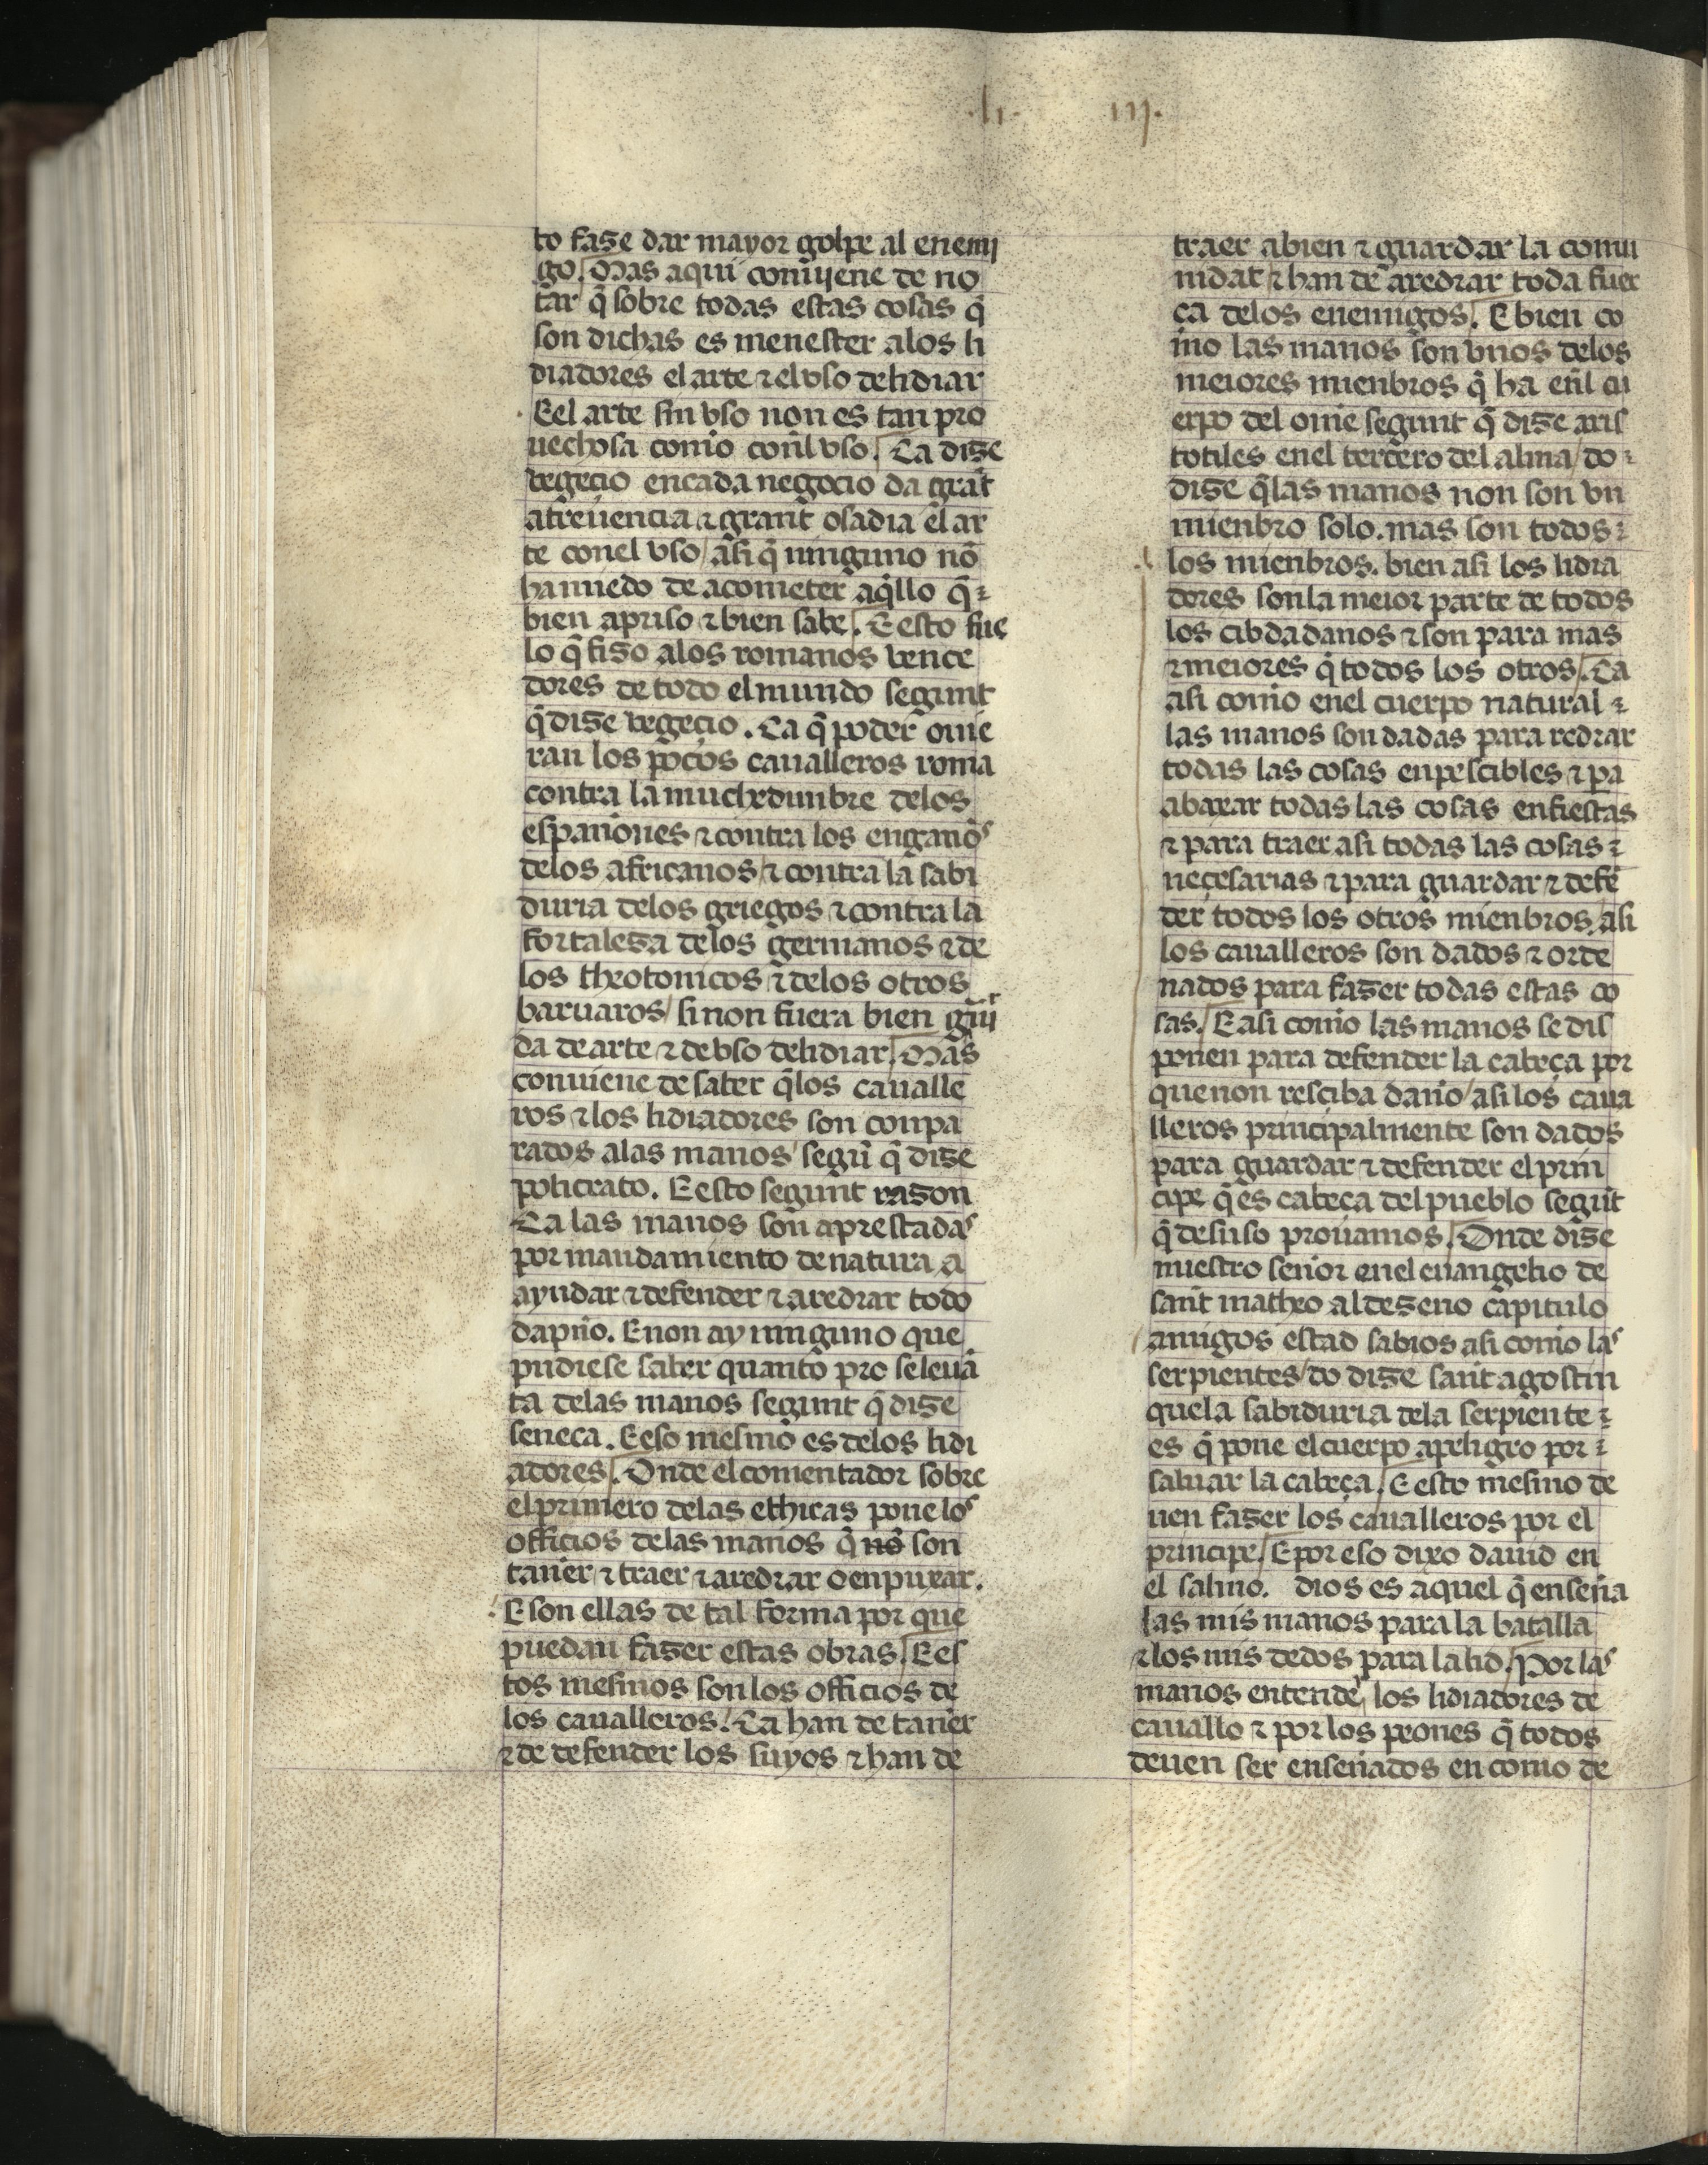
Shelfmark: Madrid, Fundación Lázaro Galdiano, mss 289
Century: 15